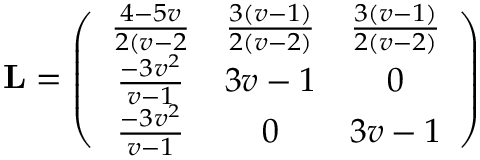
\mathbf { L } = \left( \begin{array} { c c c } { \frac { 4 - 5 v } { 2 ( v - 2 } } & { \frac { 3 ( v - 1 ) } { 2 ( v - 2 ) } } & { \frac { 3 ( v - 1 ) } { 2 ( v - 2 ) } } \\ { \frac { - 3 v ^ { 2 } } { v - 1 } } & { 3 v - 1 } & { 0 } \\ { \frac { - 3 v ^ { 2 } } { v - 1 } } & { 0 } & { 3 v - 1 } \end{array} \right)